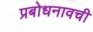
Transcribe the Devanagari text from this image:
प्रबोधनावची